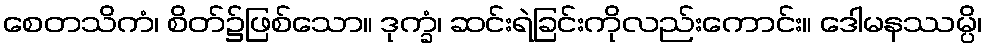
စေတသိကံ၊ စိတ်၌ဖြစ်သော။ ဒုက္ခံ၊ ဆင်းရဲခြင်းကိုလည်းကောင်း။ ဒေါမနဿမ္ပိ၊